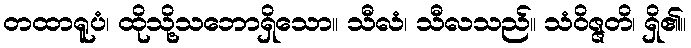
တထာရူပံ၊ ထိုသို့သဘောရှိသော။ သီလံ၊ သီလသည်။ သံဝိဇ္ဇတိ၊ ရှိ၏။